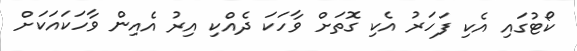
ކޯޓުގައި އެކި ފަހަރު އެކި ގޮތަށް ވާހަކަ ދެއްކި އިރު އެއިން ވާހަކައަކަށް